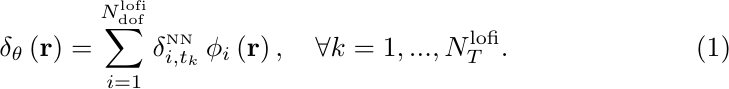
\begin{align}
    \delta_{\theta}\left(\mathbf{r}\right) = \sum^{N_{\text{dof}}^{\text{lofi}}}_{i=1}\delta^{\text{\tiny NN}}_{i,t_k} \,\phi_i\left(\mathbf{r}\right),\quad \forall k=1,...,N^{\text{lofi}}_T.
\end{align}